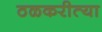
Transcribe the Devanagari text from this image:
ठळकरीत्या